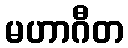
မဟာဂီတ